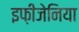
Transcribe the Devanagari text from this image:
इफ़ीजेनिया